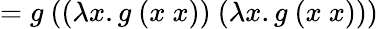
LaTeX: =g\ ((\lambda x.g\ (x\ x))\ (\lambda x.g\ (x\ x)))